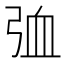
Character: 𪪽